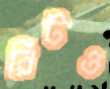
রিটও